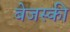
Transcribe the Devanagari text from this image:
बेजस्की